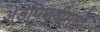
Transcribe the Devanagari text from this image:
अंडपिशवीमध्ये